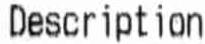
DESCRIPTION